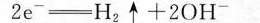
2 e ^{ - } = H_{ 2 } \uparrow + 2 O H$$